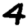
Digit: 4